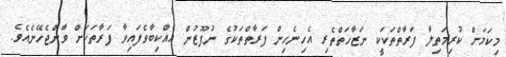
މިކަމަށް ކުރިމަތިލާ ފަރާތްތަކަކީ ނަޒާހަތްތެރި އެހިނެހިން ފަރާތްތަކުގެ ނުފޫޒުން އެއްކިބާވެފައިވާ ފަރާތަކަށް ވާންޖެހޭނެއެވެ.